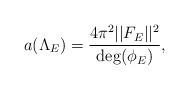
LaTeX: \begin{align*}a(\Lambda_E)=\frac{4\pi^2||F_E||^2}{\mathrm{deg}(\phi_E)},\end{align*}